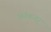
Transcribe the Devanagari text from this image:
फ़ॉकनर